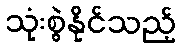
သုံးစွဲနိုင်သည့်